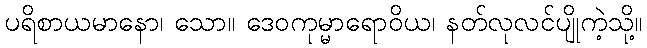
ပရိစာယမာနော၊ သော။ ဒေဝကုမ္မာရောဝိယ၊ နတ်လုလင်ပျိုကဲ့သို့။